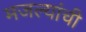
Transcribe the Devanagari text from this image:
मजल्यांची